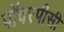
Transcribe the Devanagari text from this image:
पॉवरपीसी